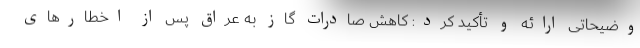
وضیحاتی ارائه و تأکید کرد: کاهش صادرات گاز به عراق پس از اخطارهای